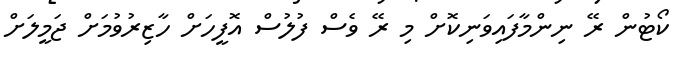
ކޯޓުން ރޭ ނިންމާފައިވަނިކޮށް މި ރޭ ވެސް ފުލުސް އޮފީހަށް ހާޒިރުވުމަށް ޖަމީލަށް